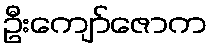
ဦးကျော်ဇောက